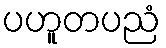
ပဟူတပညံ